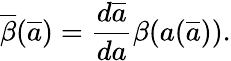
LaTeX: \overline{{{\beta}}}(\overline{{{a}}})=\frac{d\overline{{{a}}}}{da}\beta(a(\overline{{{a}}})).